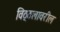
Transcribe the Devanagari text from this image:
विठ्ठलावरील